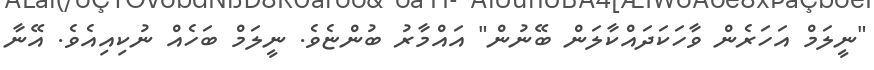
"ނީލަމް އަހަރެން ވާހަކަދައްކާލަން ބޭނުން" އައްމާރު ބުންޏެވެ. ނީލަމް ބަހެއް ނުކިއިއެވެ. އޭނާ